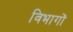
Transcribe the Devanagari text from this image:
विभागों